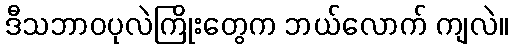
ဒီသဘာဝပုလဲကြိုးတွေက ဘယ်လောက် ကျလဲ။